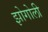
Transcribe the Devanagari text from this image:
झोगोली